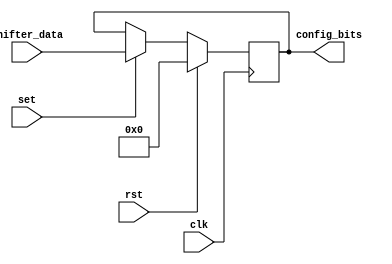
// Synchronous flip-flop with enable for storing config data, may eventually be turned into an async latch

module config_latch #(
    parameter LENGTH = 8
) (
    input clk,
    input rst,
    input set,

    input [LENGTH-1:0] shifter_data,
    output [LENGTH-1:0] config_bits
);
    reg [LENGTH-1:0] stored_bits;

    assign config_bits = stored_bits;

    always @(posedge clk) begin
        if (rst == 1) begin
            stored_bits <= 0;
        end
        else if (set == 1) begin
            stored_bits <= shifter_data;
        end
        else begin
            stored_bits <= stored_bits;
        end
    end
endmodule